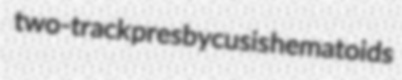
two-track presbycusis hematoids